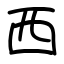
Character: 西